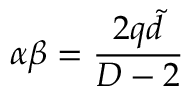
\alpha \beta = \frac { 2 q \tilde { d } } { D - 2 }